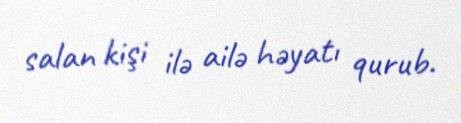
salan kişi ilə ailə həyatı qurub.